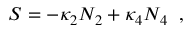
S = - \kappa _ { 2 } N _ { 2 } + \kappa _ { 4 } N _ { 4 } \; \; ,